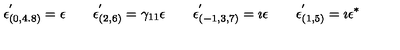
\epsilon _ { ( 0 , 4 . 8 ) } ^ { ' } = \epsilon \qquad \epsilon _ { ( 2 , 6 ) } ^ { ' } = \gamma _ { 1 1 } \epsilon \qquad \epsilon _ { ( - 1 , 3 , 7 ) } ^ { ' } = \imath \epsilon \qquad \epsilon _ { ( 1 , 5 ) } ^ { ' } = \imath \epsilon ^ { \ast }